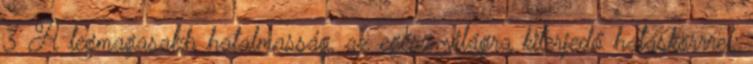
3 A legmagasabb hatalmasság, az egész világra kiterjedő hatás­körrrel: